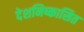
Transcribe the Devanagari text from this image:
देशनिष्कासित